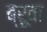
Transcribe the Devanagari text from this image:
ब्रूवा